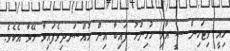
މިއީ ވިޓަމިން ސީ އާއި މުހިންމު ފައިބާ އިން މުއްސަނދިވެފައިވާ މޭވާ އެކެވެ.